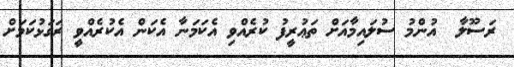
ރަސޫލާ  އުންމު ސުލައިމާއަށް ތަޢުރީފު ކުރެއްވި އެކަމަނާ އެކަން އެކުރެއްވީ ރަގަޅުކަމަށް